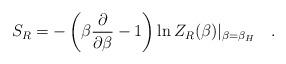
LaTeX: \begin{align*}S_R=-\left(\beta{\partial \over \partial \beta}-1\right)\ln Z_R(\beta)|_{\beta=\beta_H}~~~.\end{align*}